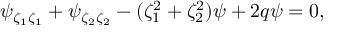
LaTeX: \psi _ { \zeta _ { 1 } \zeta _ { 1 } } + \psi _ { \zeta _ { 2 } \zeta _ { 2 } } - ( \zeta _ { 1 } ^ { 2 } + \zeta _ { 2 } ^ { 2 } ) \psi + 2 q \psi = 0 ,